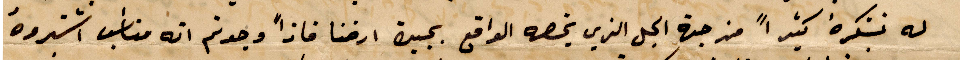
له نشكره كثيرًا من جهة الجل الذي يخضه الواقع بجنب ارضنا فاضًا وجدتم انه مناسب اشتروه